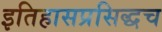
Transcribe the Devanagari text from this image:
इतिहासप्रसिद्धच